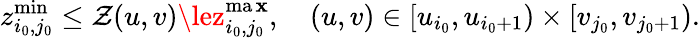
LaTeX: z_{i_{0},j_{0}}^{\operatorname*{min}}\le\mathcal{Z}(u,v)\lez_{i_{0},j_{0}}^{\operatorname*{ma\mathbf{x}}},\quad(u,v)\in\left[u_{i_{0}},u_{i_{0}+1}\right)\times\left[v_{j_{0}},v_{j_{0}+1}\right).